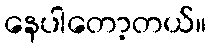
နေပါတော့တယ်။